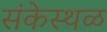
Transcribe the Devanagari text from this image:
संकेस्थळ